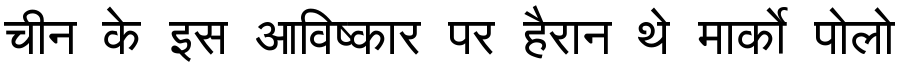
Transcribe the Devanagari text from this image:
चीन के इस आविष्कार पर हैरान थे मार्को पोलो